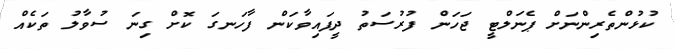
ކުޅުންތެރިންނަށް ޕެނަލްޓީ ޖަހަން ފުރުސަތު ދީފައިވާކަން ފާހަނގަ ކޮށް ގިނަ ސުވާލު ތަކެއް